Annual report of the Punjab Veterinary College and of the Civil Veterinary Department, Punjab - 1909-1919
Year: 1909
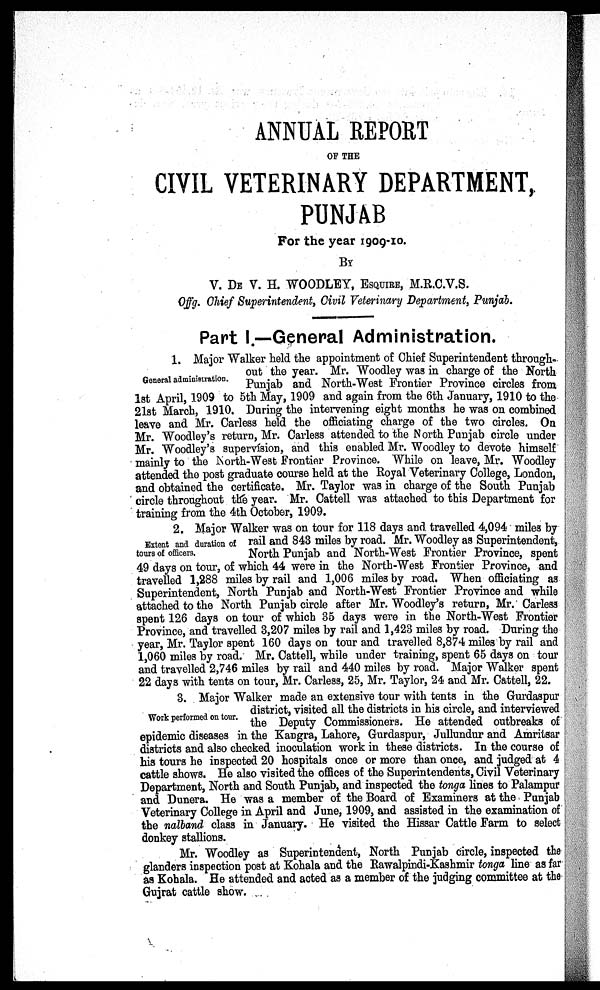
ANNUAL REPORT
OF THE
CIVIL VETERINARY DEPARTMENT,
PUNJAB
For the year 1909-10.
BY
V. DE V. H. WOODLEY, ESQUIRE, M.R.C.V.S.
Offg. Chief Superintendent, Civil Veterinary Department, Punjab.
Part I.—General Administration.
General administration.
1. Major Walker held the appointment of Chief Superintendent through-
out the year. Mr. Woodley was in charge of the North
Punjab and North-West Frontier Province circles from
1st April, 1909 to 5th May, 1909 and again from the 6th January, 1910 to the
21st March, 1910. During the intervening eight months he was on combined
leave and Mr. Carless held the officiating charge of the two circles. On
Mr. Woodley's return, Mr. Carless attended to the North Punjab circle under
Mr. Woodley's supervision, and this enabled Mr. Woodley to devote himself
mainly to the North-West Frontier Province. While on leave, Mr. Woodley
attended the post graduate course held at the Royal Veterinary College, London,
and obtained the certificate. Mr. Taylor was in charge of the South Punjab
circle throughout the year. Mr. Cattell was attached to this Department for
training from the 4th October, 1909.
Extent and duration of
tours of officers.
2. Major Walker was on tour for 118 days and travelled 4,094 miles by
rail and 843 miles by road. Mr. Woodley as Superintendent,
North Punjab and North-West Frontier Province, spent
49 days on tour, of which 44 were in the North-West Frontier Province, and
travelled 1,288 miles by rail and 1,006 miles by road. When officiating as
Superintendent, North Punjab and North-West Frontier Province and while
attached to the North Punjab circle after Mr. Woodley's return, Mr. Carless
spent 126 days on tour of which 35 days were in the North-West Frontier
Province, and travelled 3,207 miles by rail and 1,423 miles by road. During the
year, Mr. Taylor spent 160 days on tour and travelled 8,874 miles by rail and
1,060 miles by road. Mr. Cattell, while under training, spent 65 days on tour
and travelled 2,746 miles by rail and 440 miles by road. Major Walker spent
22 days with tents on tour, Mr. Carless, 25, Mr. Taylor, 24 and Mr. Cattell, 22.
Work performed on tour.
3. Major Walker made an extensive tour with tents in the Gurdaspur
district, visited all the districts in his circle, and interviewed
the Deputy Commissioners. He attended outbreaks of
epidemic diseases in the Kangra, Lahore, Gurdaspur, Jullundur and Amritsar
districts and also checked inoculation work in these districts. In the course of
his tours he inspected 20 hospitals once or more than once, and judged at 4
cattle shows. He also visited the offices of the Superintendents, Civil Veterinary
Department, North and South Punjab, and inspected the tonga lines to Palampur
and Dunera. He was a member of the Board of Examiners at the Punjab
Veterinary College in April and June, 1909, and assisted in the examination of
the nalband class in January. He visited the Hissar Cattle Farm to select
donkey stallions.
Mr. Woodley as Superintendent, North Punjab circle, inspected the
glanders inspection post at Kohala and the Rawalpindi-Kashmir tonga line as far
as Kohala. He attended and acted as a member of the judging committee at the
Gujrat cattle show.